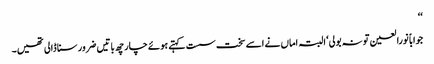
‘‘
جواباً نورالعین تو نہ بولی‘ البتہ اماں نے اسے سخت سست کہتے ہوئے چار چھ باتیں ضرور سنا ڈالی تھیں۔